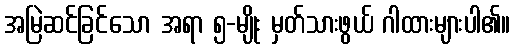
အမြဲဆင်ခြင်သော အရာ ၅-မျိုး မှတ်သားဖွယ် ဂါထားများပါ၏။